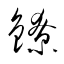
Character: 鐐